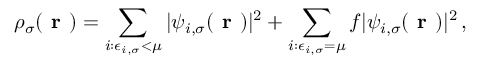
\rho _ { \sigma } ( \boldsymbol { \textbf { r } } ) = \sum _ { i : \epsilon _ { i , \sigma } < \mu } | \psi _ { i , \sigma } ( \boldsymbol { \textbf { r } } ) | ^ { 2 } + \sum _ { i : \epsilon _ { i , \sigma } = \mu } f | \psi _ { i , \sigma } ( \boldsymbol { \textbf { r } } ) | ^ { 2 } \, ,